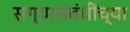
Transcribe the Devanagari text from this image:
सग्यासंबंधींच्या